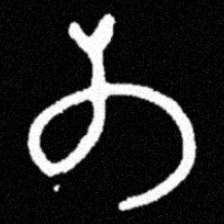
Pyu character \u2014 Myanmar letter: တ (romanized: ta)